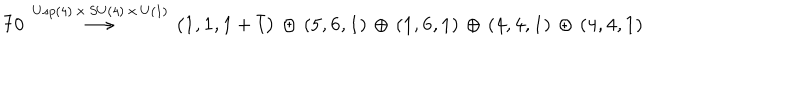
{ \bf 7 0 } \, \stackrel { U s p ( 4 ) \, \times \, S U ( 4 ) \, \times \, U ( 1 ) } { \longrightarrow } \, \left( { \bf 1 } , { \bf 1 } , { \bf 1 } + { \bar { \bf 1 } } \right) \, \oplus \, \left( { \bf 5 } , { \bf 6 } , { \bf 1 } \right) \, \oplus \, \left( { \bf 1 } , { \bf 6 } , { \bf 1 } \right) \, \oplus \, \left( { \bf 4 } , { \bf 4 } , { \bf 1 } \right) \, \oplus \, \left( { \bf 4 } , { \bf 4 } , { \bf 1 } \right)